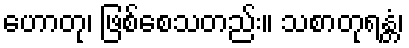
ဟောတု၊ ဖြစ်စေသတည်း။ သစာတုရန္တံ၊